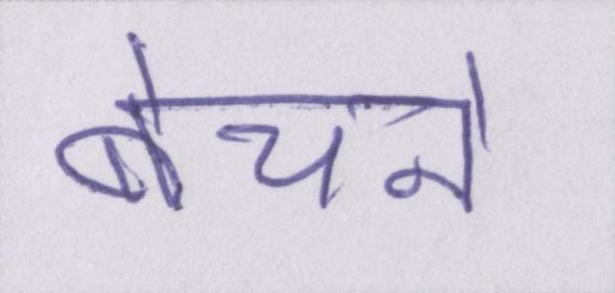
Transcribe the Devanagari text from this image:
बेचने